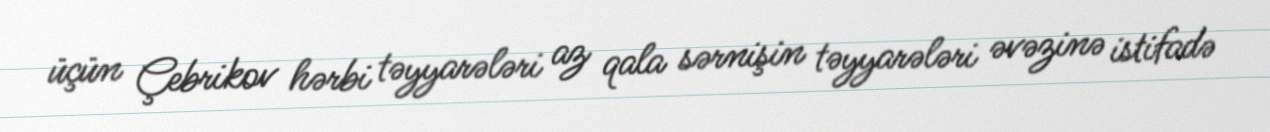
üçün Çebrikov hərbi təyyarələri az qala sərnişin təyyarələri əvəzinə istifadə